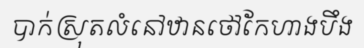
បាក់ស្រុតលំនៅឋានថៅកែហាងបឹង